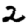
Digit: 2